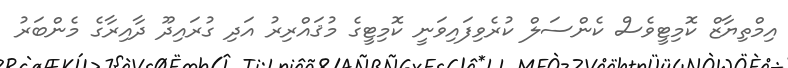
އިމްތިޔާޒް ކޮމިޓީވެސް ކެންސަލް ކުރެވިފައިވަނީ ކޮމިޓީގެ މުޤައްރިރު އަދި ގުރައިދޫ ދާއިރާގެ މެންބަރު